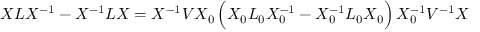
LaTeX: X L X ^ { - 1 } - X ^ { - 1 } L X = X ^ { - 1 } V X _ { 0 } \, \Big ( X _ { 0 } L _ { 0 } X _ { 0 } ^ { - 1 } - X _ { 0 } ^ { - 1 } L _ { 0 } X _ { 0 } \Big ) \, X _ { 0 } ^ { - 1 } V ^ { - 1 } X